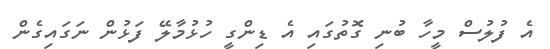
އެ ފުލުސް މީހާ ބުނި ގޮތުގައި އެ ޑިންގީ ހުޅުމާލޭ ފަޅުން ނަގައިގެން